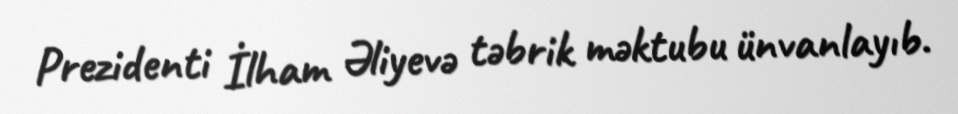
Prezidenti İlham Əliyevə təbrik məktubu ünvanlayıb.